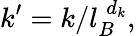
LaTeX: k^{\prime}=k/l_{B}^{\; d_{k}},